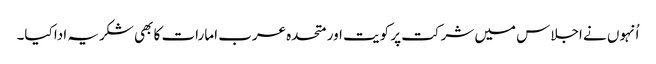
اُنہوں نے اجلاس میں شرکت پر کویت اور متحدہ عرب امارات کا بھی شکریہ ادا کیا۔